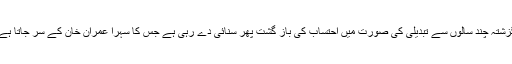
گزشتہ چند سالوں سے تبدیلی کی صورت میں احتساب کی باز گشت پھر سنائی دے رہی ہے جس کا سہرا عمران خان کے سر جاتا ہے۔